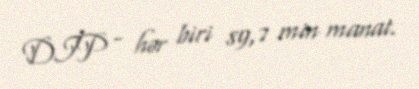
DİP - hər biri 89,7 min manat.